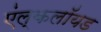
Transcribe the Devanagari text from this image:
एंल्कलॉयड